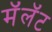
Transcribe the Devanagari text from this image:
मॅलॅट